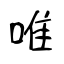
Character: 唯